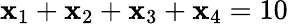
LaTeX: \mathbf{x}_{1}+\mathbf{x}_{2}+\mathbf{x}_{3}+\mathbf{x}_{4}=10